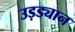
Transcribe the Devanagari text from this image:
उड़ड्यान